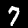
Digit: 7